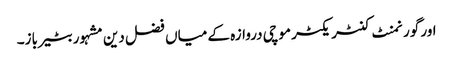
اور گورنمنٹ کنٹریکٹر موچی دروازہ کے میاں فضل دین مشہور بٹیرباز۔